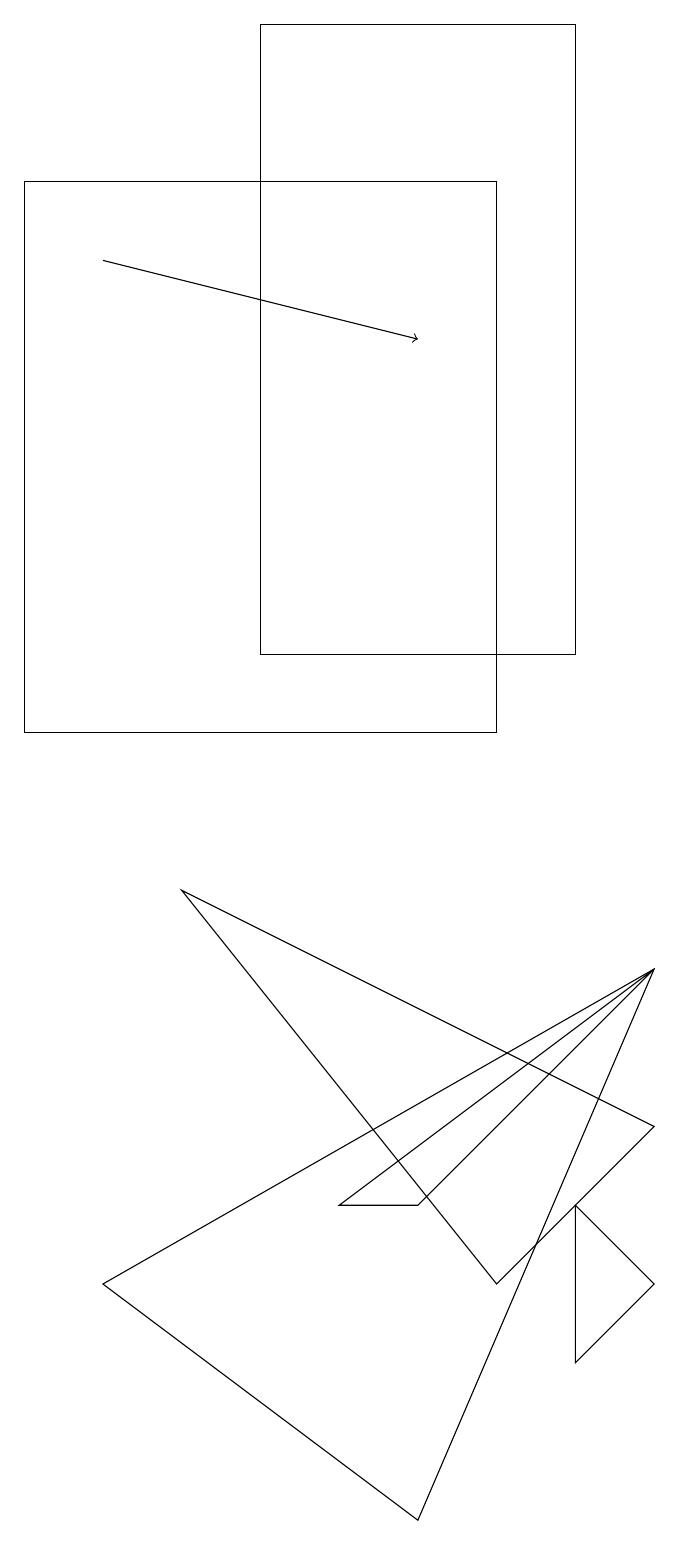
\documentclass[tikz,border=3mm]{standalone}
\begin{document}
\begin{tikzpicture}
\draw (9,7) -- (6,4) -- (5,4) -- cycle;
\draw (8,4) -- (9,3) -- (8,2) -- cycle;
\draw[->] (2,16) -- (6,15);
\draw (2,3) -- (9,7) -- (6,0) -- cycle;
\draw (7,17) rectangle (1,10);
\draw (8,19) rectangle (4,11);
\draw (3,8) -- (9,5) -- (7,3) -- cycle;
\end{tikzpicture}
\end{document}